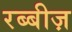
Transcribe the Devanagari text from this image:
रब्बीज़